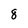
Character: 8